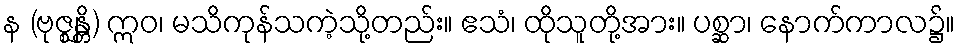
န (ဗုဇ္ဈန္တိ) ဣဝ၊ မသိကုန်သကဲ့သို့တည်း။ ဧသံ၊ ထိုသူတို့အား။ ပစ္ဆာ၊ နောက်ကာလ၌။